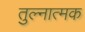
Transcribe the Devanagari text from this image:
तुल्नात्मक